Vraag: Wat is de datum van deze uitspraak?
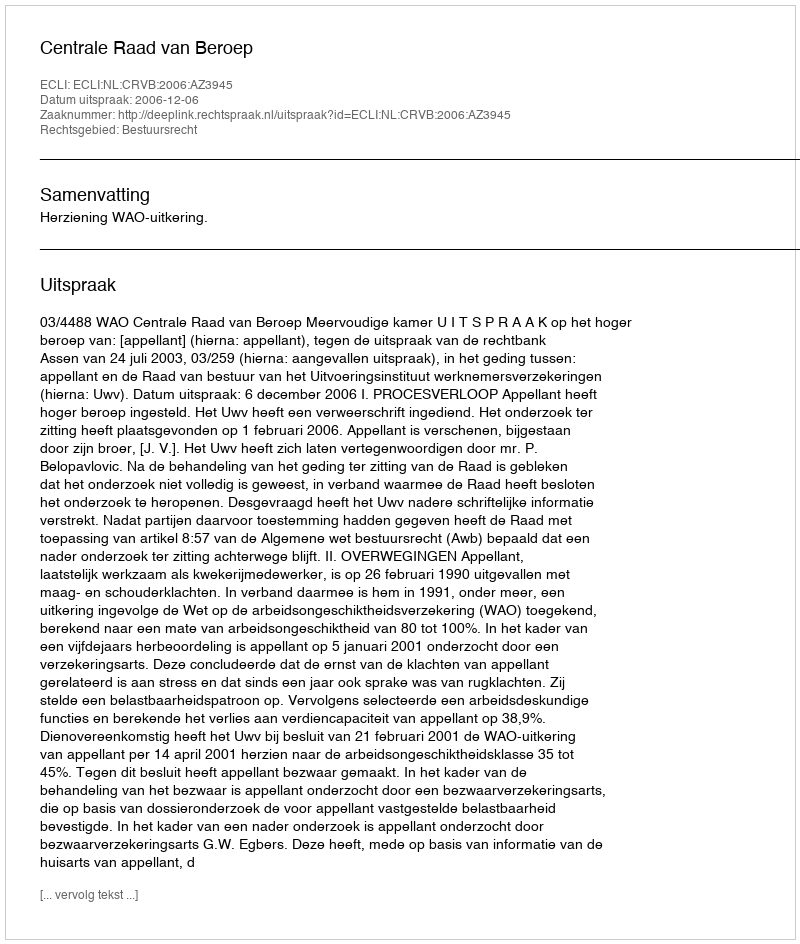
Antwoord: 2006-12-06